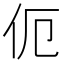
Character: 伌